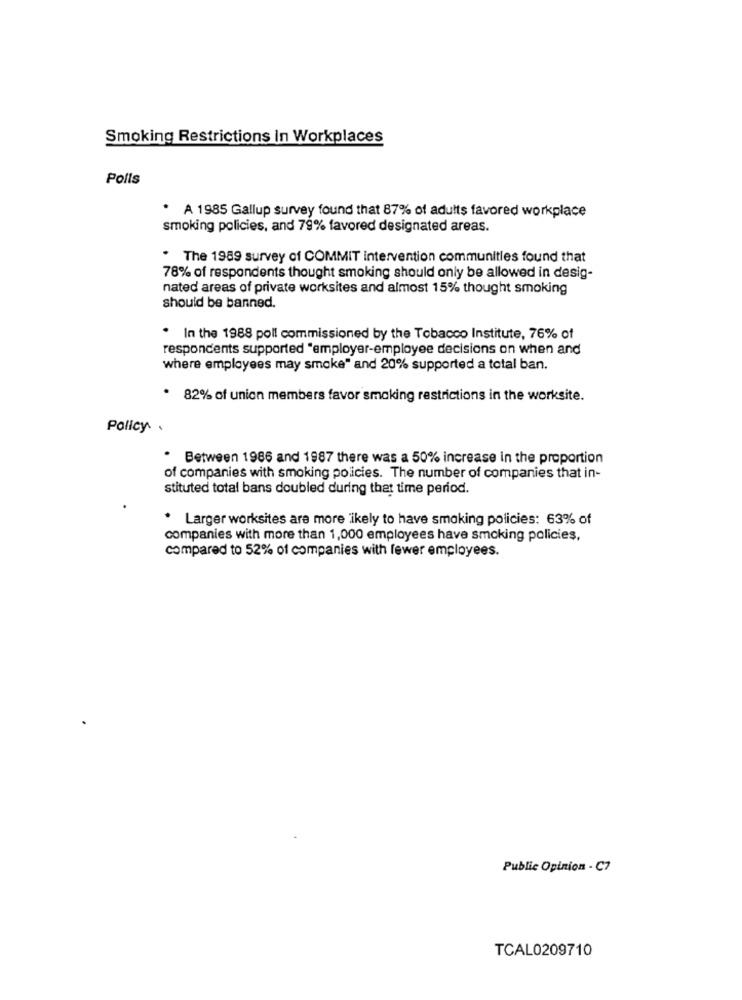
Smoking Restrictions In Workplaces
Polls
. A 1985 Gallup survey found that 87% of adults favored workplace
smoking policies, and 79% favored designated areas.
. The 1989 survey of COMMIT intervention communities found that
78% of respondents thought smoking should only be allowed in desig-
nated areas of private worksites and almost 15% thought smoking
should be banned.
. In the 1988 poll commissioned by the Tobacco Institute, 76% of
respondents supported "employer-employee decisions on when and
where employees may smoke" and 20% supported a total ban.
. 82% of union members favor smoking restrictions in the worksite.
Policy. .
. Between 1986 and 1987 there was a 50% increase in the proportion
of companies with smoking policies. The number of companies that in-
stituted total bans doubled during that time period.
. Larger worksites are more ikely to have smoking policies: 63% of
companies with more than 1,000 employees have smoking policies,
compared to 52% of companies with fewer employees.
Public Opinion - C7
TCAL0209710